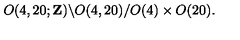
O ( 4 , 2 0 ; { \bf Z } ) \backslash O ( 4 , 2 0 ) / O ( 4 ) \times O ( 2 0 ) .